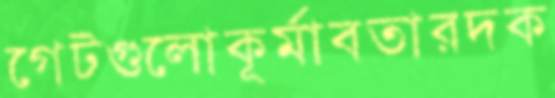
গেটগুলোকূর্মাবতারদক